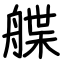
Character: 艓